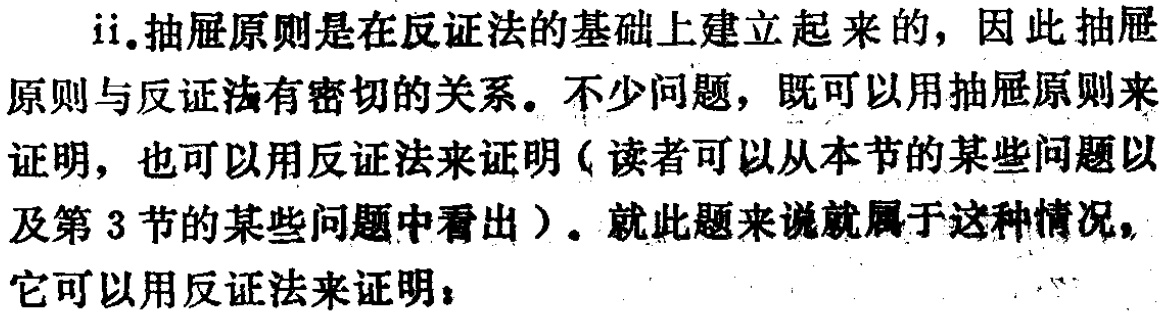
ii.抽屉原则是在反证法的基础上建立起来的，因此抽屉

原则与反证法有密切的关系。不少问题，既可以用抽屉原则来

证明，也可以用反证法来证明（读者可以从本节的某些问题以

及第3节的某些问题中看出）。就此题来说就属于这种情况，

它可以用反证法来证明：